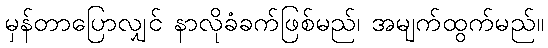
မှန်တာပြောလျှင် နာလိုခံခက်ဖြစ်မည်၊ အမျက်ထွက်မည်။